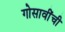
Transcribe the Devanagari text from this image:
गोसावींची